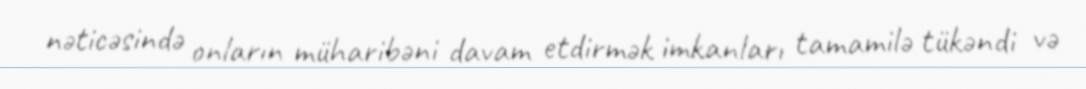
nəticəsində onların müharibəni davam etdirmək imkanları tamamilə tükəndi və